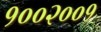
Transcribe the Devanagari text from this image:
१००२००१